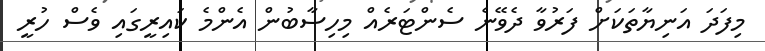
މިފަދަ އަނިޔާތަކަށް ފަރުވާ ދެވޭނެ ސެންޓަރެއް މިހިސާބުން އެންމެ ކައިރީގައި ވެސް ހުރީ